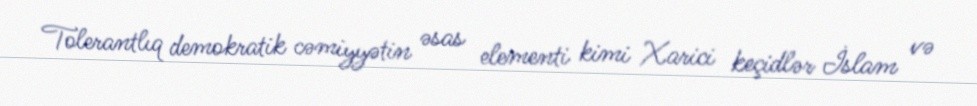
Tolerantlıq demokratik cəmiyyətin əsas elementi kimi Xarici keçidlər İslam və